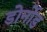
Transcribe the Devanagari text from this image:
डोर्नोड